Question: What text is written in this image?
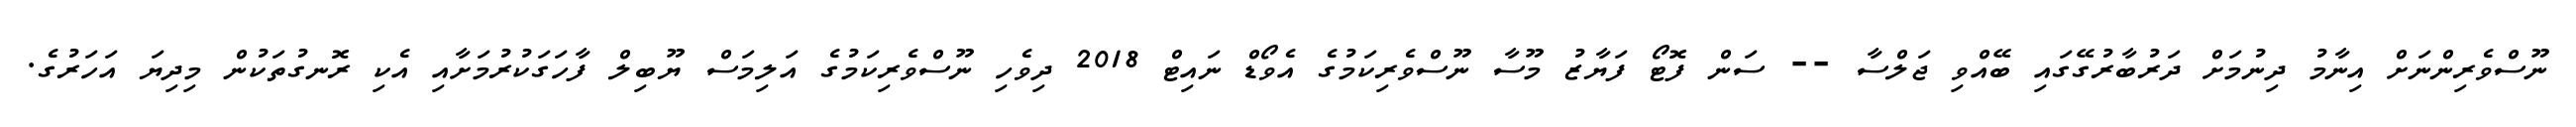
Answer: ނޫސްވެރިންނަށް އިނާމު ދިނުމަށް ދަރުބާރުގޭގައި ބޭއްވި ޖަލްސާ -- ސަން ފޮޓޯ ފަޔާޒު މޫސާ ނޫސްވެރިކަމުގެ އެވޯޑް ނައިޓް 2018 ދިވެހި ނޫސްވެރިކަމުގެ އަލިމަސް ޔޫބިލް ފާހަގަކުރުމަށާއި އެކި ރޮނގުތަކުން މިދިޔަ އަހަރުގެ.